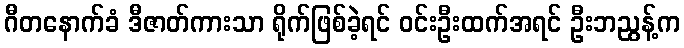
ဂီတနောက်ခံ ဒီဇာတ်ကားသာ ရိုက်ဖြစ်ခဲ့ရင် ဝင်းဦးထက်အရင် ဦးဘညွန့်က